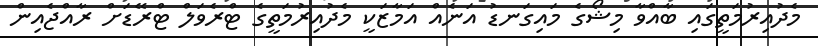
މެދުއިރުމަތީގައި ބާއްވާ މިޝޯގެ މައިގަނޑު އަނެއް އަމާޒަކީ މެދުއިރުމަތީގެ ޓްރެވަލް ޓްރޭޑަށް ރާއްޖެއިން